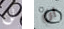
لن ان